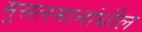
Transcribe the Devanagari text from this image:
मुसलमानांधील